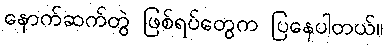
နောက်ဆက်တွဲ ဖြစ်ရပ်တွေက ပြနေပါတယ်။